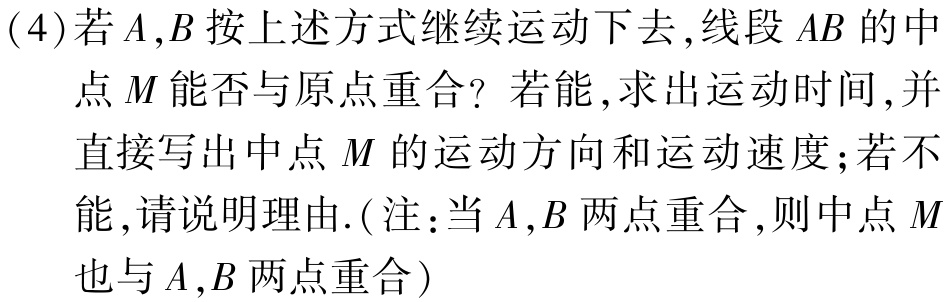
(4)若\(A,B\)按上述方式继续运动下去,线段\(AB\)的中点\(M\)能否与原点重合？若能,求出运动时间,并直接写出中点\(M\)的运动方向和运动速度；若不能,请说明理由.(注：当\(A,B\)两点重合,则中点\(M\)也与\(A,B\)两点重合)